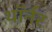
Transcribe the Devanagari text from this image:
थॉर्नर